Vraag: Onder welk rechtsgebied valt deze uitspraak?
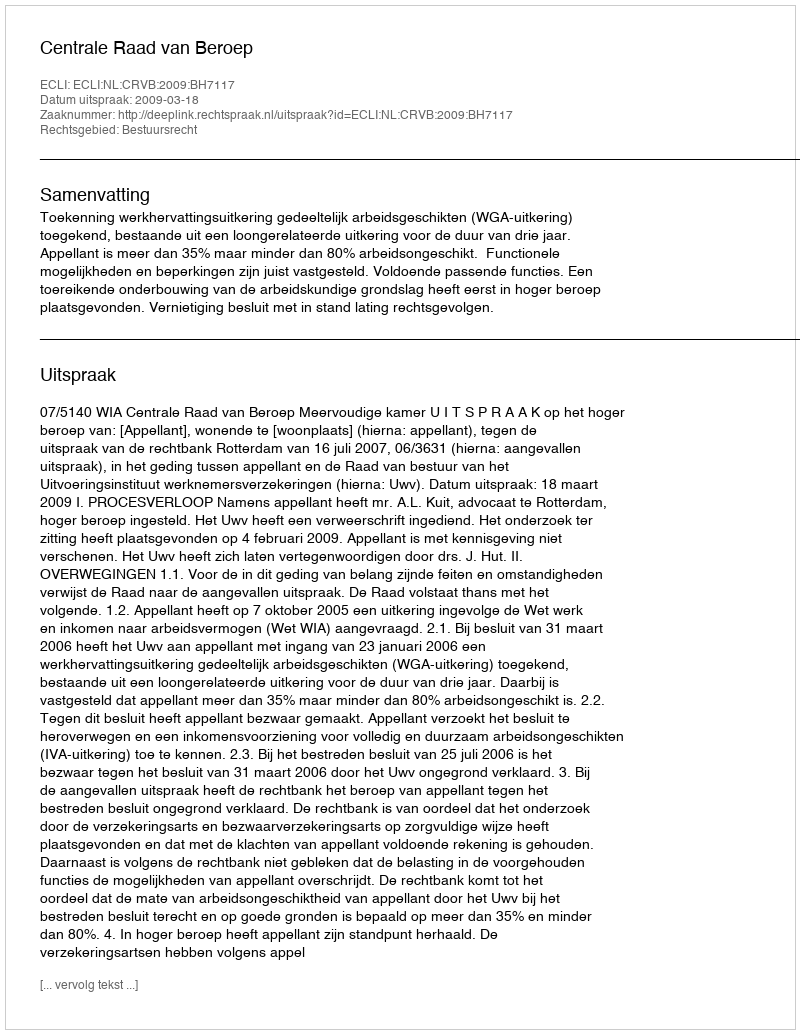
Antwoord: Bestuursrecht